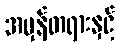
အမှန်တရားနှင့်